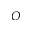
O